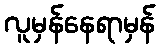
လူမှန်နေရာမှန်